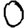
Digit: 0